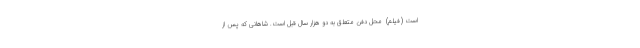
است (فیلم) ‌ محل دفن متعلق به دو هزار سال قبل است. شاهانی که پس از